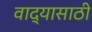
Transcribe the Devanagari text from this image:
वाद्यासाठी